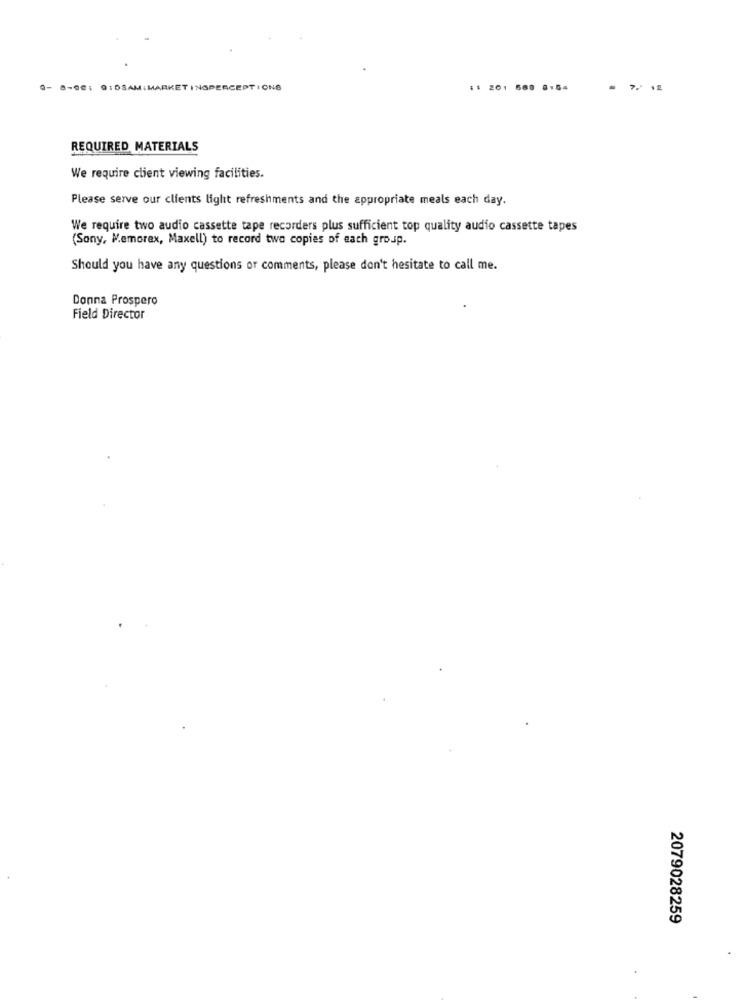
0- 8-08: @:0SAM:MARKETINGPERCEPTIONS
:1 201 568 8154
REQUIRED MATERIALS
We require client viewing facilities.
Please serve our clients light refreshments and the appropriate meals each day.
We require two audio cassette tape recorders plus sufficient top quality audio cassette tapes
(Sony, Memorex, Maxell) to record two copies of each group.
Should you have any questions or comments, please don't hesitate to call me.
Donna Prospero
Field Director
2079028259